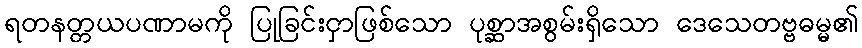
ရတနတ္တယပဏာမကို ပြုခြင်းငှာဖြစ်သော ပုစ္ဆာအစွမ်းရှိသော ဒေသေတဗ္ဗဓမ္မ၏